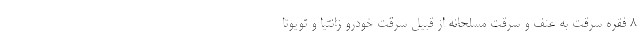
۸ فقره سرقت به عنف و سرقت مسلحانه از قبیل سرقت خودرو زانتیا و تویوتا